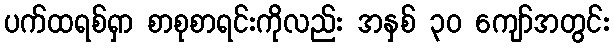
ပက်ထရစ်ရှာ စာစုစာရင်းကိုလည်း အနှစ် ၃၀ ကျော်အတွင်း